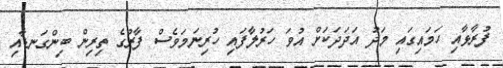
ފުރާޅާއި ހަމައިގައި މަދު އަދަދަކަށް އުވަ ހަރުލާފައި ހުރިނަމަވެސް ފާރުގެ ތިރިން ބިންގަނޑާއި